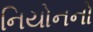
નિયોનનો